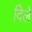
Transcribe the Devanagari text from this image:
दिेले